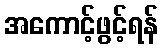
အကောင့်ဖွင့်ရန်